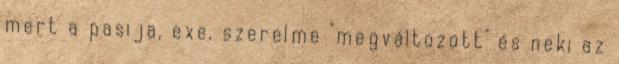
mert a pasija, exe, szerelme "megváltozott" és neki az